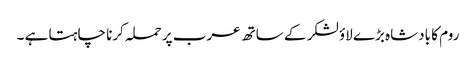
روم کا بادشاہ بڑے لاؤ لشکر کے ساتھ عرب پر حملہ کرنا چاہتا ہے ۔